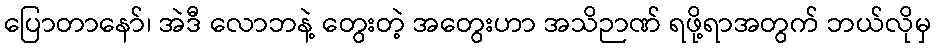
ပြောတာနော်၊ အဲဒီ လောဘနဲ့ တွေးတဲ့ အတွေးဟာ အသိဉာဏ် ရဖို့ရာအတွက် ဘယ်လိုမှ